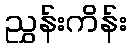
ညွှန်းကိန်း